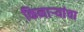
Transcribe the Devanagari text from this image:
किनाऱ्‍यांचा